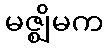
မဇ္ဈိမက